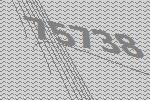
75738